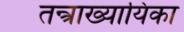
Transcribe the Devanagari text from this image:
तन्त्राख्यायिका